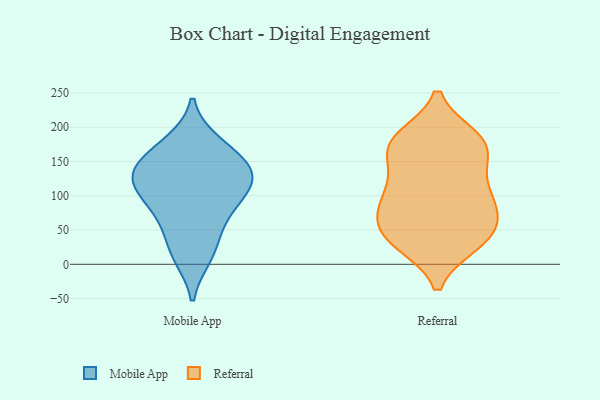
{"axis": {"x": "Operating Costs (USD K)", "y": "Value"}, "legend": ["Mobile App", "Referral"], "data": [{"x": "", "y": 110, "type": "Mobile App"}, {"x": "", "y": 100, "type": "Mobile App"}, {"x": "", "y": 126, "type": "Mobile App"}, {"x": "", "y": 177, "type": "Mobile App"}, {"x": "", "y": 70, "type": "Mobile App"}, {"x": "", "y": 172, "type": "Mobile App"}, {"x": "", "y": 146, "type": "Mobile App"}, {"x": "", "y": 54, "type": "Mobile App"}, {"x": "", "y": 12, "type": "Mobile App"}, {"x": "", "y": 129, "type": "Mobile App"}, {"x": "", "y": 136, "type": "Mobile App"}, {"x": "", "y": 141, "type": "Mobile App"}, {"x": "", "y": 18, "type": "Mobile App"}, {"x": "", "y": 94, "type": "Mobile App"}, {"x": "", "y": 32, "type": "Referral"}, {"x": "", "y": 184, "type": "Referral"}, {"x": "", "y": 72, "type": "Referral"}, {"x": "", "y": 42, "type": "Referral"}, {"x": "", "y": 33, "type": "Referral"}, {"x": "", "y": 31, "type": "Referral"}, {"x": "", "y": 108, "type": "Referral"}, {"x": "", "y": 128, "type": "Referral"}, {"x": "", "y": 170, "type": "Referral"}, {"x": "", "y": 100, "type": "Referral"}, {"x": "", "y": 163, "type": "Referral"}, {"x": "", "y": 180, "type": "Referral"}, {"x": "", "y": 74, "type": "Referral"}, {"x": "", "y": 168, "type": "Referral"}, {"x": "", "y": 77, "type": "Referral"}, {"x": "", "y": 105, "type": "Referral"}, {"x": "", "y": 183, "type": "Referral"}, {"x": "", "y": 51, "type": "Referral"}]}